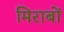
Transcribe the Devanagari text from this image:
मिराबों